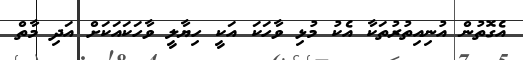
އެގޮތުން އުނިއިތުރުތަކާ އެކު މުޅި ވާހަކަ އަކީ ހިޔާލީ ވާހަކައަކަށް އަދި މާތް